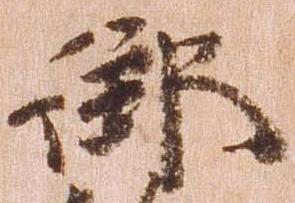
御